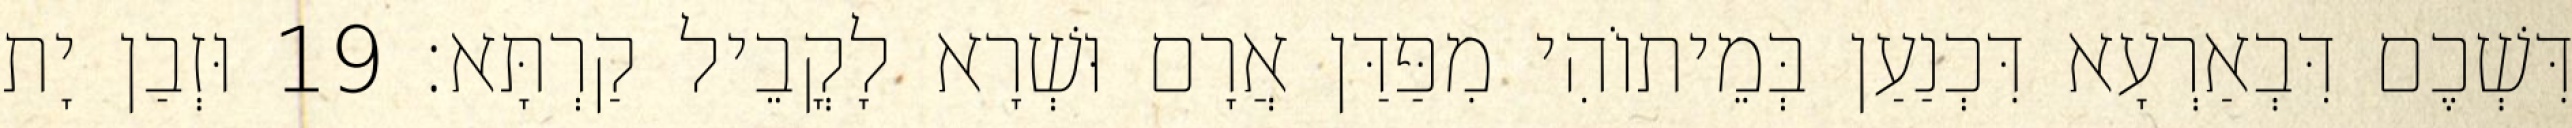
דִּשְׁכֶם דִּבְאַרְעָא דִּכְנַעַן בְּמֵיתוֹהִי מִפַּדַּן אֲרָם וּשְׁרָא לָקֳבֵיל קַרְתָּא׃ 19 וּזְבַן יָת